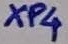
Text: XP4